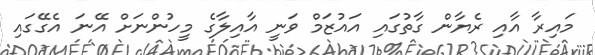
މައިރާ އާއި ރެޔާން ގާތުގައި އައުޒަމް ވަނީ އާއިލާގެ މީހުންނަށް އޭނަ އެގޭގައި